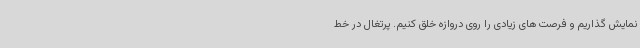
نمایش گذاریم و فرصت های زیادی را روی دروازه خلق کنیم. پرتغال در خط